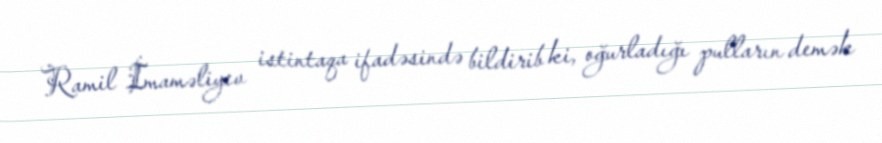
Ramil İmaməliyev istintaqa ifadəsində bildirib ki, oğurladığı pulların demək